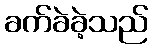
ခက်ခဲခဲ့သည်